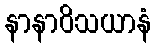
နာနာဝိသယာနံ